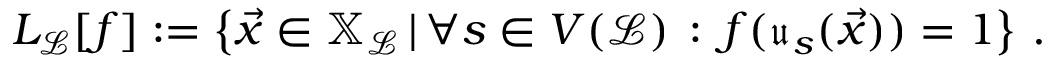
\begin{array} { r } { L _ { \mathcal { L } } [ f ] : = \left\{ \vec { x } \in \mathbb { X } _ { \mathcal { L } } \, | \, \forall s \in V ( \mathcal { L } ) \, : \, f ( \mathfrak { u } _ { s } ( \vec { x } ) ) = 1 \right\} \, . } \end{array}